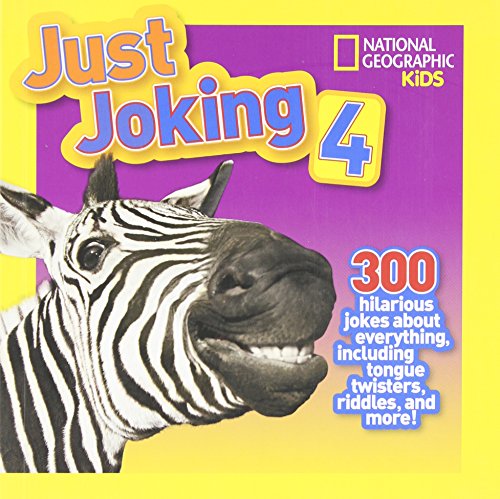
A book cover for National Geographic Kids Just Joking 4: 300 Hilarious Jokes About Everything, Including Tongue Twisters, Riddles, and More!; Rosie Gowsell Pattison; Children's Books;